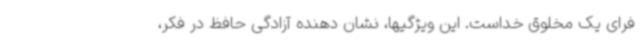
فرای یک مخلوق خداست. این ویژگیها، نشان دهنده آزادگی حافظ در فکر،